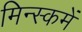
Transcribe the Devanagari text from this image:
मिन्स्कमें